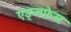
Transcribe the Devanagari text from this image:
एड्जफ़ेस्ट